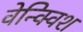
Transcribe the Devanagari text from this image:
वेन्क्विश